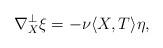
LaTeX: \begin{align*} \nabla^{\perp}_{X}\xi=-\nu\langle X,T\rangle\eta, \end{align*}